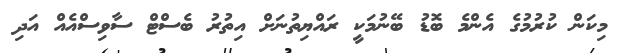
މިކަން ކުރުމުގެ އެންމެ ބޮޑު ބޭނުމަކީ ރައްޔިތުނަށް އިތުރު ބެސްޓް ސާވިސްއެއް އަދި